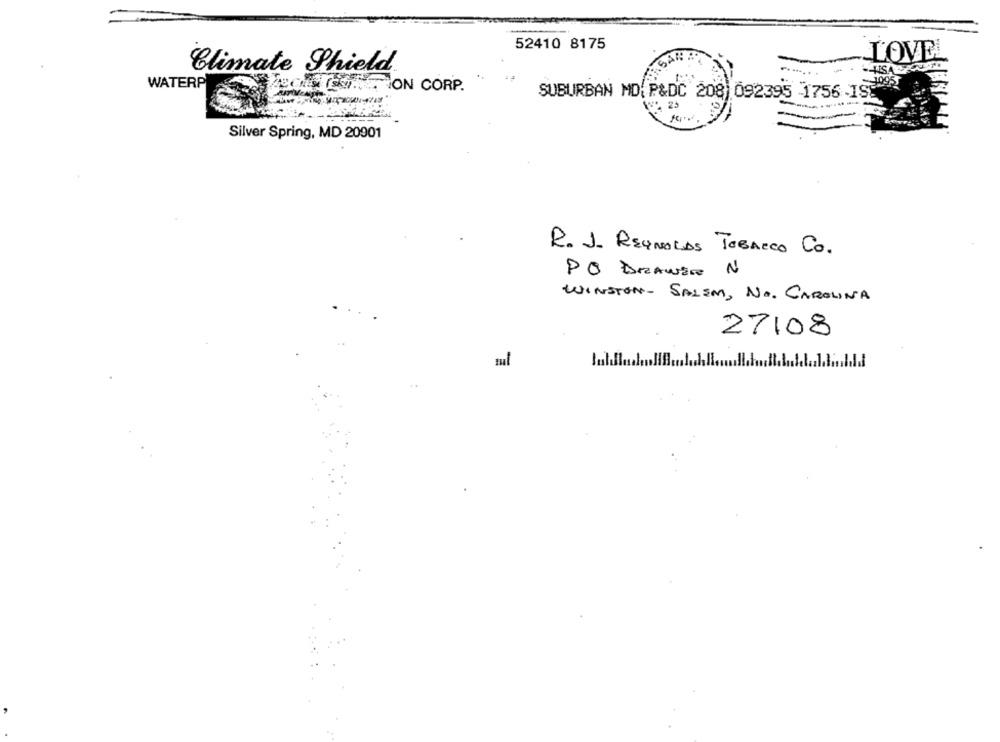
52410 8175
LOVEI
Climate Shield
WATERP
CON CORP.
SUBURBAN MD: P&DC 208) 092395 1756 IST
23
Silver Spring, MD 20901
R. J. REYNOLDS TOBACCO CO.
PO DRAWEE N
WINSTON- SALEM, NO. CAROLINA
27108
sul